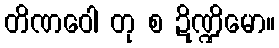
တိဏဝေါ တု စ ဍိဏ္ဍိမော။